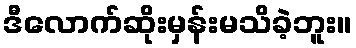
ဒီလောက်ဆိုးမှန်းမသိခဲ့ဘူး။